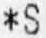
*S